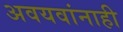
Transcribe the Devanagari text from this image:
अवयवांनाही